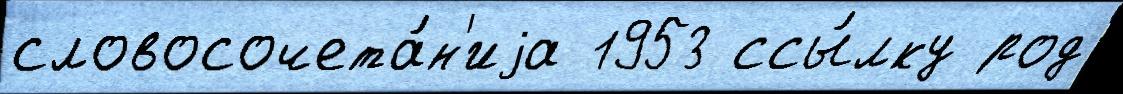
словосочета́н'иjа 1953 ссы́лку род